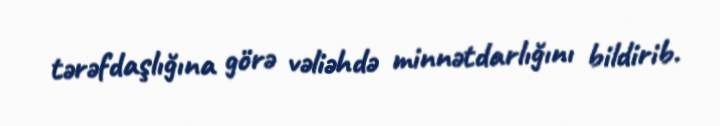
tərəfdaşlığına görə vəliəhdə minnətdarlığını bildirib.